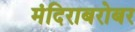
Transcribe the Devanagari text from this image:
मंदिराबरोबर